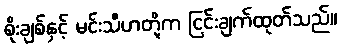
စိုးချစ်နှင့် မင်းသီဟတို့က ငြင်းချက်ထုတ်သည်။